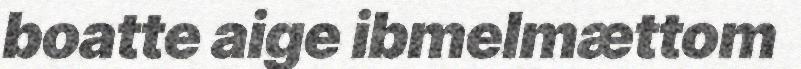
boatte aige ibmelmættom